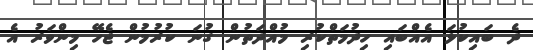
ދެ ބައިކުޅަ އެއްބައި ހިދުމަތްކުރި މުއްދަތުން ގުނަ ކުރުމުން ޖެހޭ މިންވަރު އެ